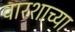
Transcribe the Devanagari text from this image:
वारशाच्‍या